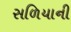
સળિયાની